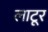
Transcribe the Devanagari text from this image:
लाटूर